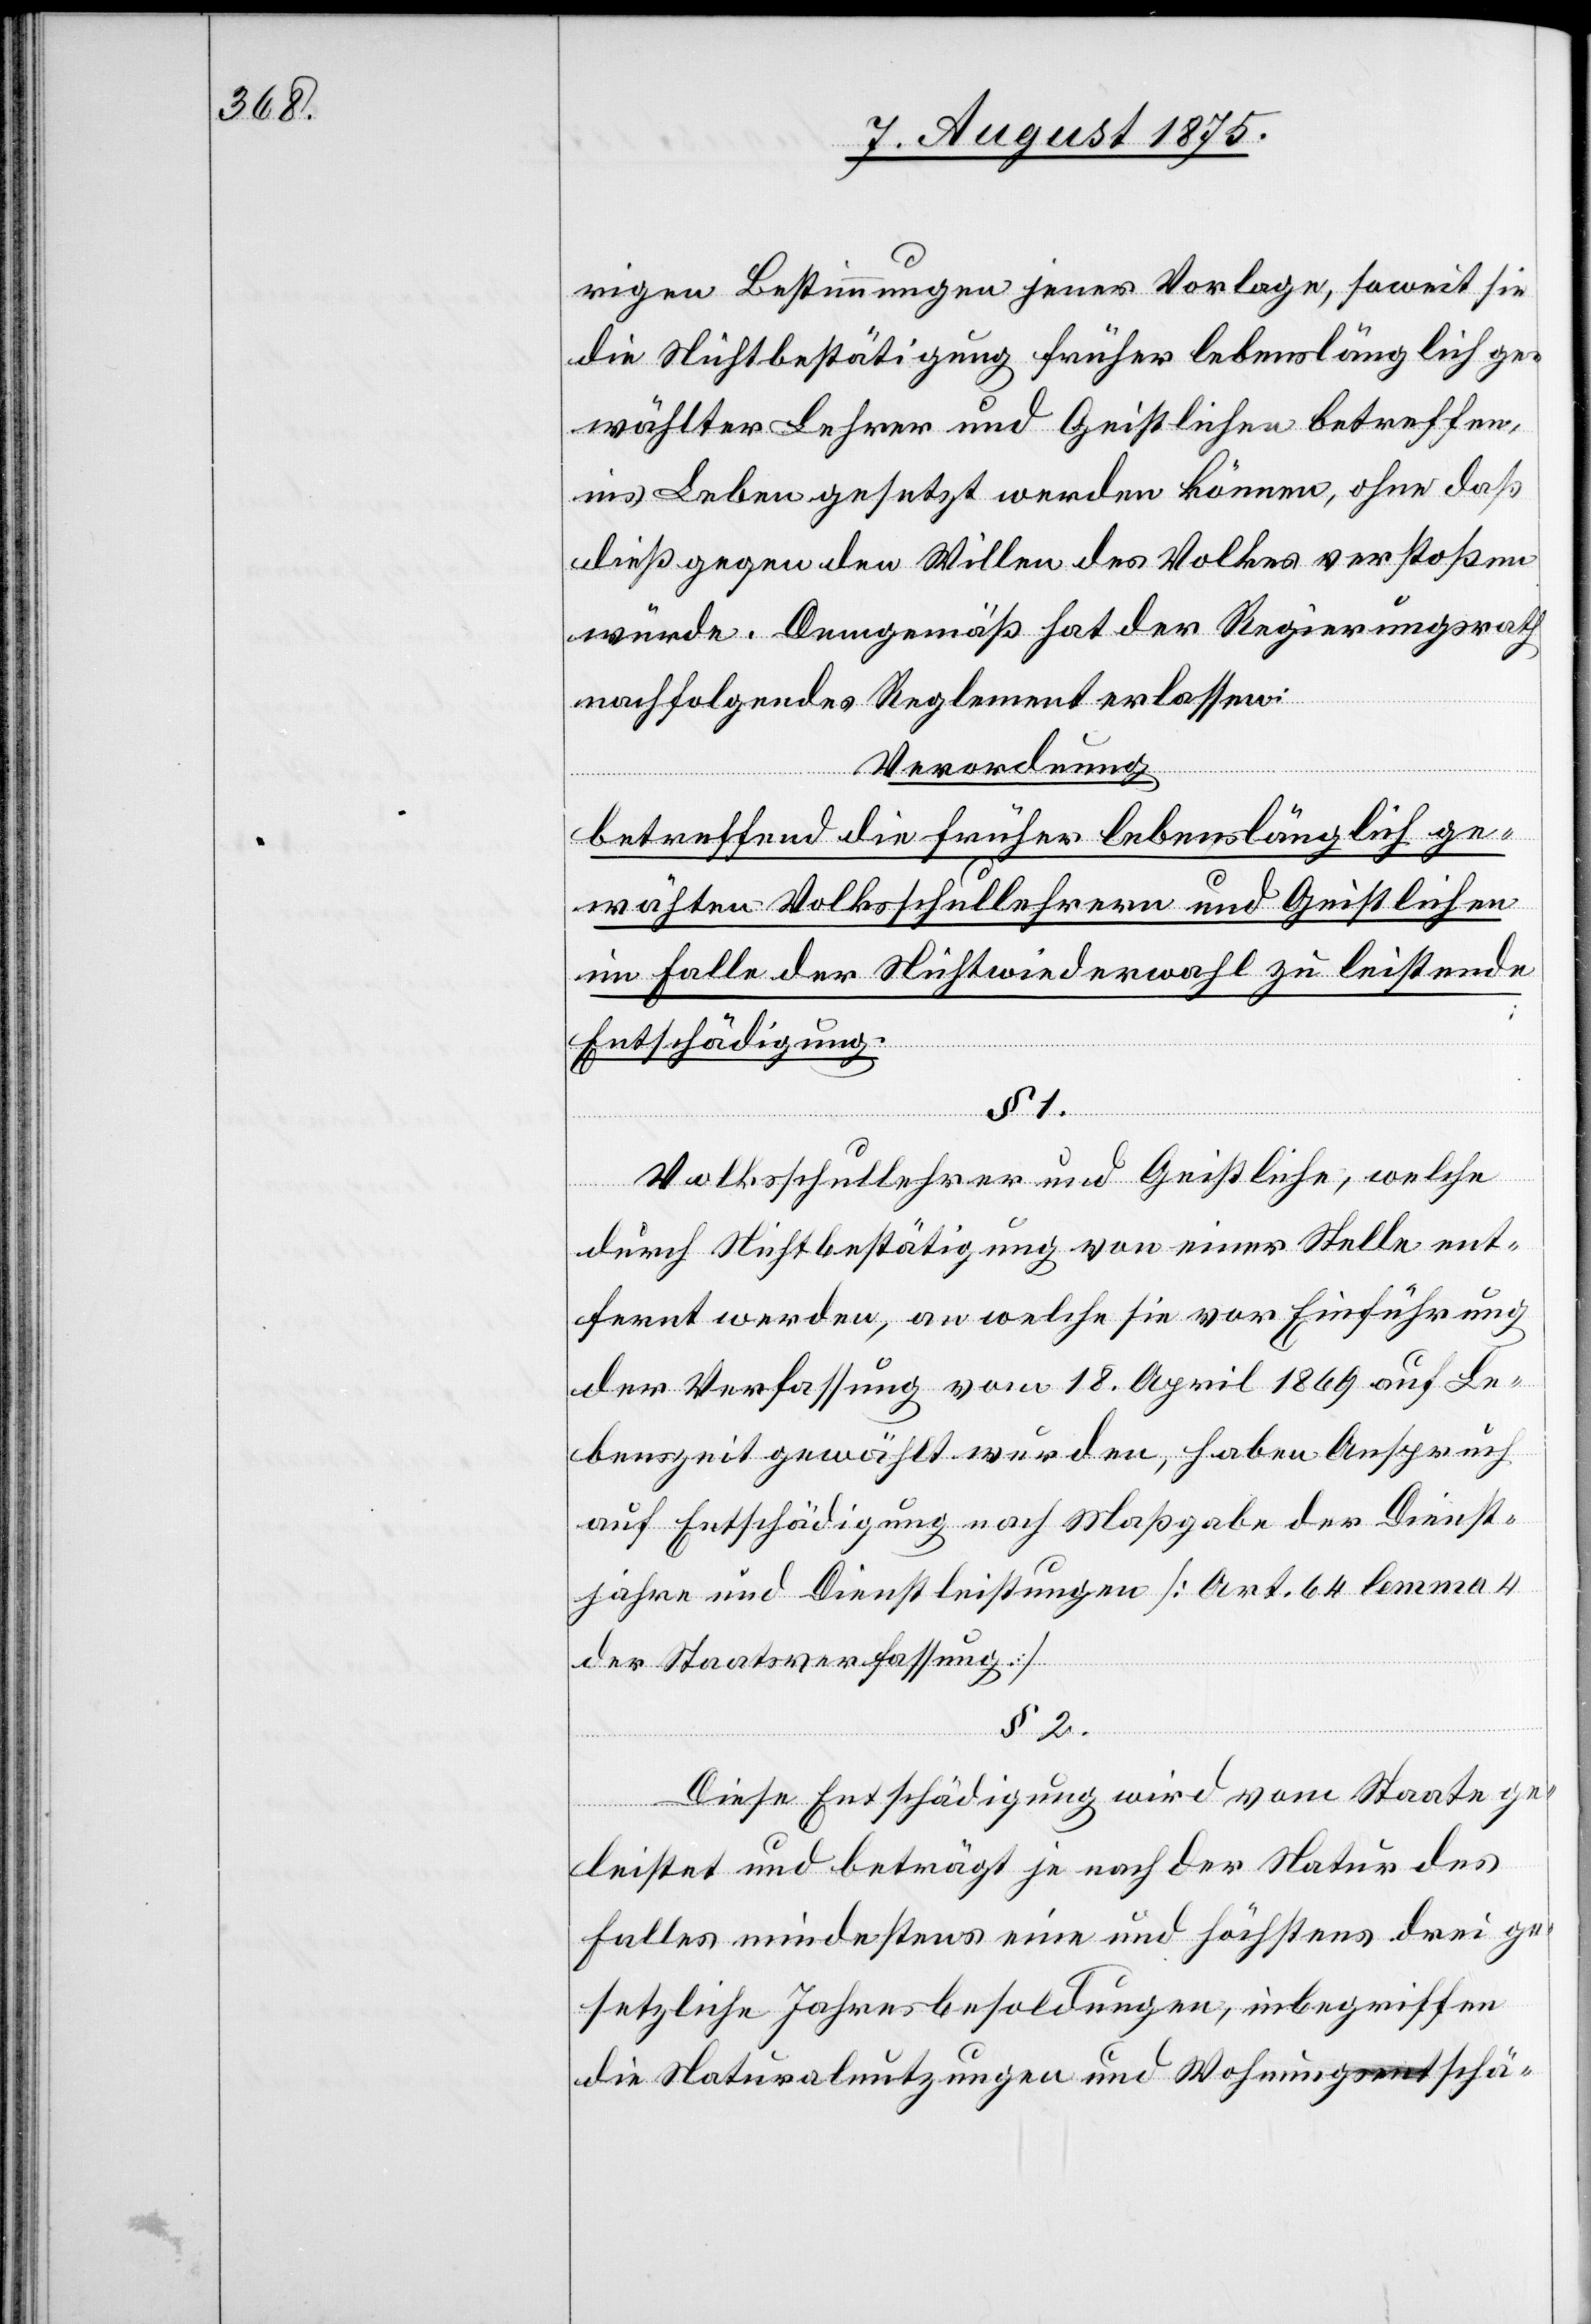
rigen Bestimmungen jener Vorlage, soweit sie
die Nichtbestätigung früher lebenslänglich ge¬
wählter Lehrer und Geistlichen betreffen,
ins Leben gesetzt werden können, ohne daß
dieß gegen den Willen des Volkes verstoßen
würde. Demgemäß hat der Regierungsrath
nachfolgendes Reglement erlassen:
Verordnung
betreffend die früher lebenslänglich ge¬
wählten Volksschullehrern und Geistlichen
im Falle der Nichtwiederwahl zu leistende
Entschädigung.
§ 1.
Volksschullehrer und Geistliche, welche
durch Nichtbestätigung von einer Stelle ent¬
fernt werden, an welche sie vor Einführung
der Verfassung vom 18. April 1869 auf Le¬
benszeit gewählt wurden, haben Anspruch
auf Entschädigung nach Maßgabe der Dienst¬
jahre und Dienstleistungen [Art 64 lemma 4
der Staatsverfassung]
§ 2.
Diese Entschädigung wird vom Staate ge¬
leistet und beträgt je nach der Natur des
Falles mindestens eine und höchstens drei ge¬
setzliche Jahresbesoldungen, inbegriffen
die Naturalnutzungen und Wohnungsentschä-